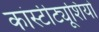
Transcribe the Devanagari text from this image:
कांस्टीट्यूशियो